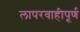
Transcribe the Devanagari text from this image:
लापरवाहीपूर्ण